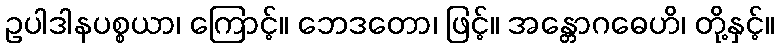
ဥပါဒါနပစ္စယာ၊ ကြောင့်။ ဘေဒတော၊ ဖြင့်။ အန္တောဂဓေဟိ၊ တို့နှင့်။